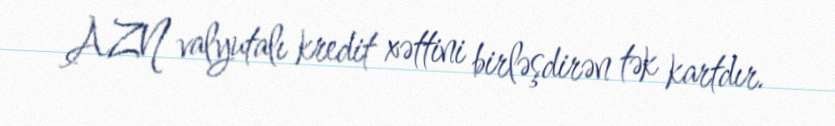
AZN valyutalı kredit xəttini birləşdirən tək kartdır.